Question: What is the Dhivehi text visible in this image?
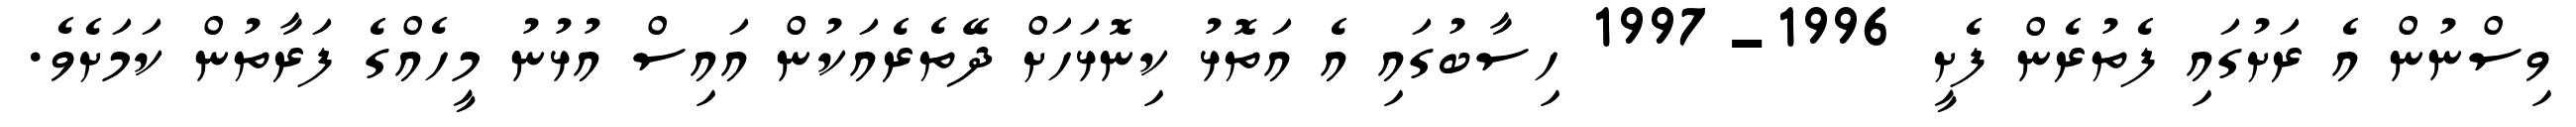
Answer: ވިސްނުން އެ ރަށުގައި ފެތުރެން ފެށީ 1996-1997 ހިސާބުގައި އެ އަތޮޅު ކިނޮޅަހަށް ދޭތެރެއަކުން އައިސް އުޅުނު މީހެއްގެ ފަރާތުން ކަމަށެވެ.